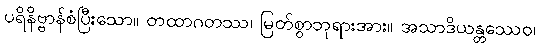
ပရိနိဗ္ဗာန်စံပြီးသော။ တထာဂတဿ၊ မြတ်စွာဘုရားအား။ အသာဒိယန္တဿေဝ၊